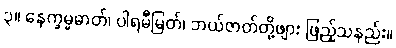
၃။ နေက္ခမ္မဓာတ်၊ ပါရမီမြတ်၊ ဘယ်ဇာတ်တို့ဖျား ဖြည့်သနည်း။